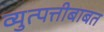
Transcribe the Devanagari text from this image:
व्युत्पत्तीबाबत